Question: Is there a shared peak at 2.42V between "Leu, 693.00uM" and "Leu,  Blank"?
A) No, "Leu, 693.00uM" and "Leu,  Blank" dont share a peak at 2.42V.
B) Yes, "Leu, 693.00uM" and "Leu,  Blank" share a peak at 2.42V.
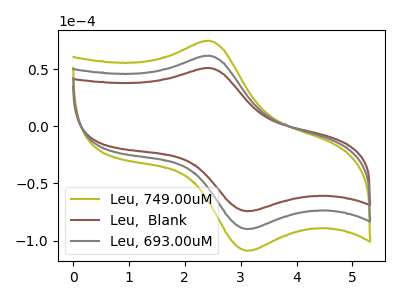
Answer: <think>The olive curve "Leu, 749.00uM" has an anodic peak at (2.40V, 124.00uA) and a cathodic peak at (3.10V, -179.90uA). The brown curve "Leu,  Blank" has an anodic peak at (2.40V, 51.20uA) and a cathodic peak at (3.10V, -74.30uA). The gray curve "Leu, 693.00uM" has an anodic peak at (2.40V, 62.00uA) and a cathodic peak at (3.10V, -89.95uA).</think>
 <answer>B) Yes, "Leu, 693.00uM" and "Leu,  Blank" share a peak at 2.42V.</answer>
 <eval>B</eval>